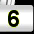
Digit: 6